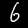
Digit: 6